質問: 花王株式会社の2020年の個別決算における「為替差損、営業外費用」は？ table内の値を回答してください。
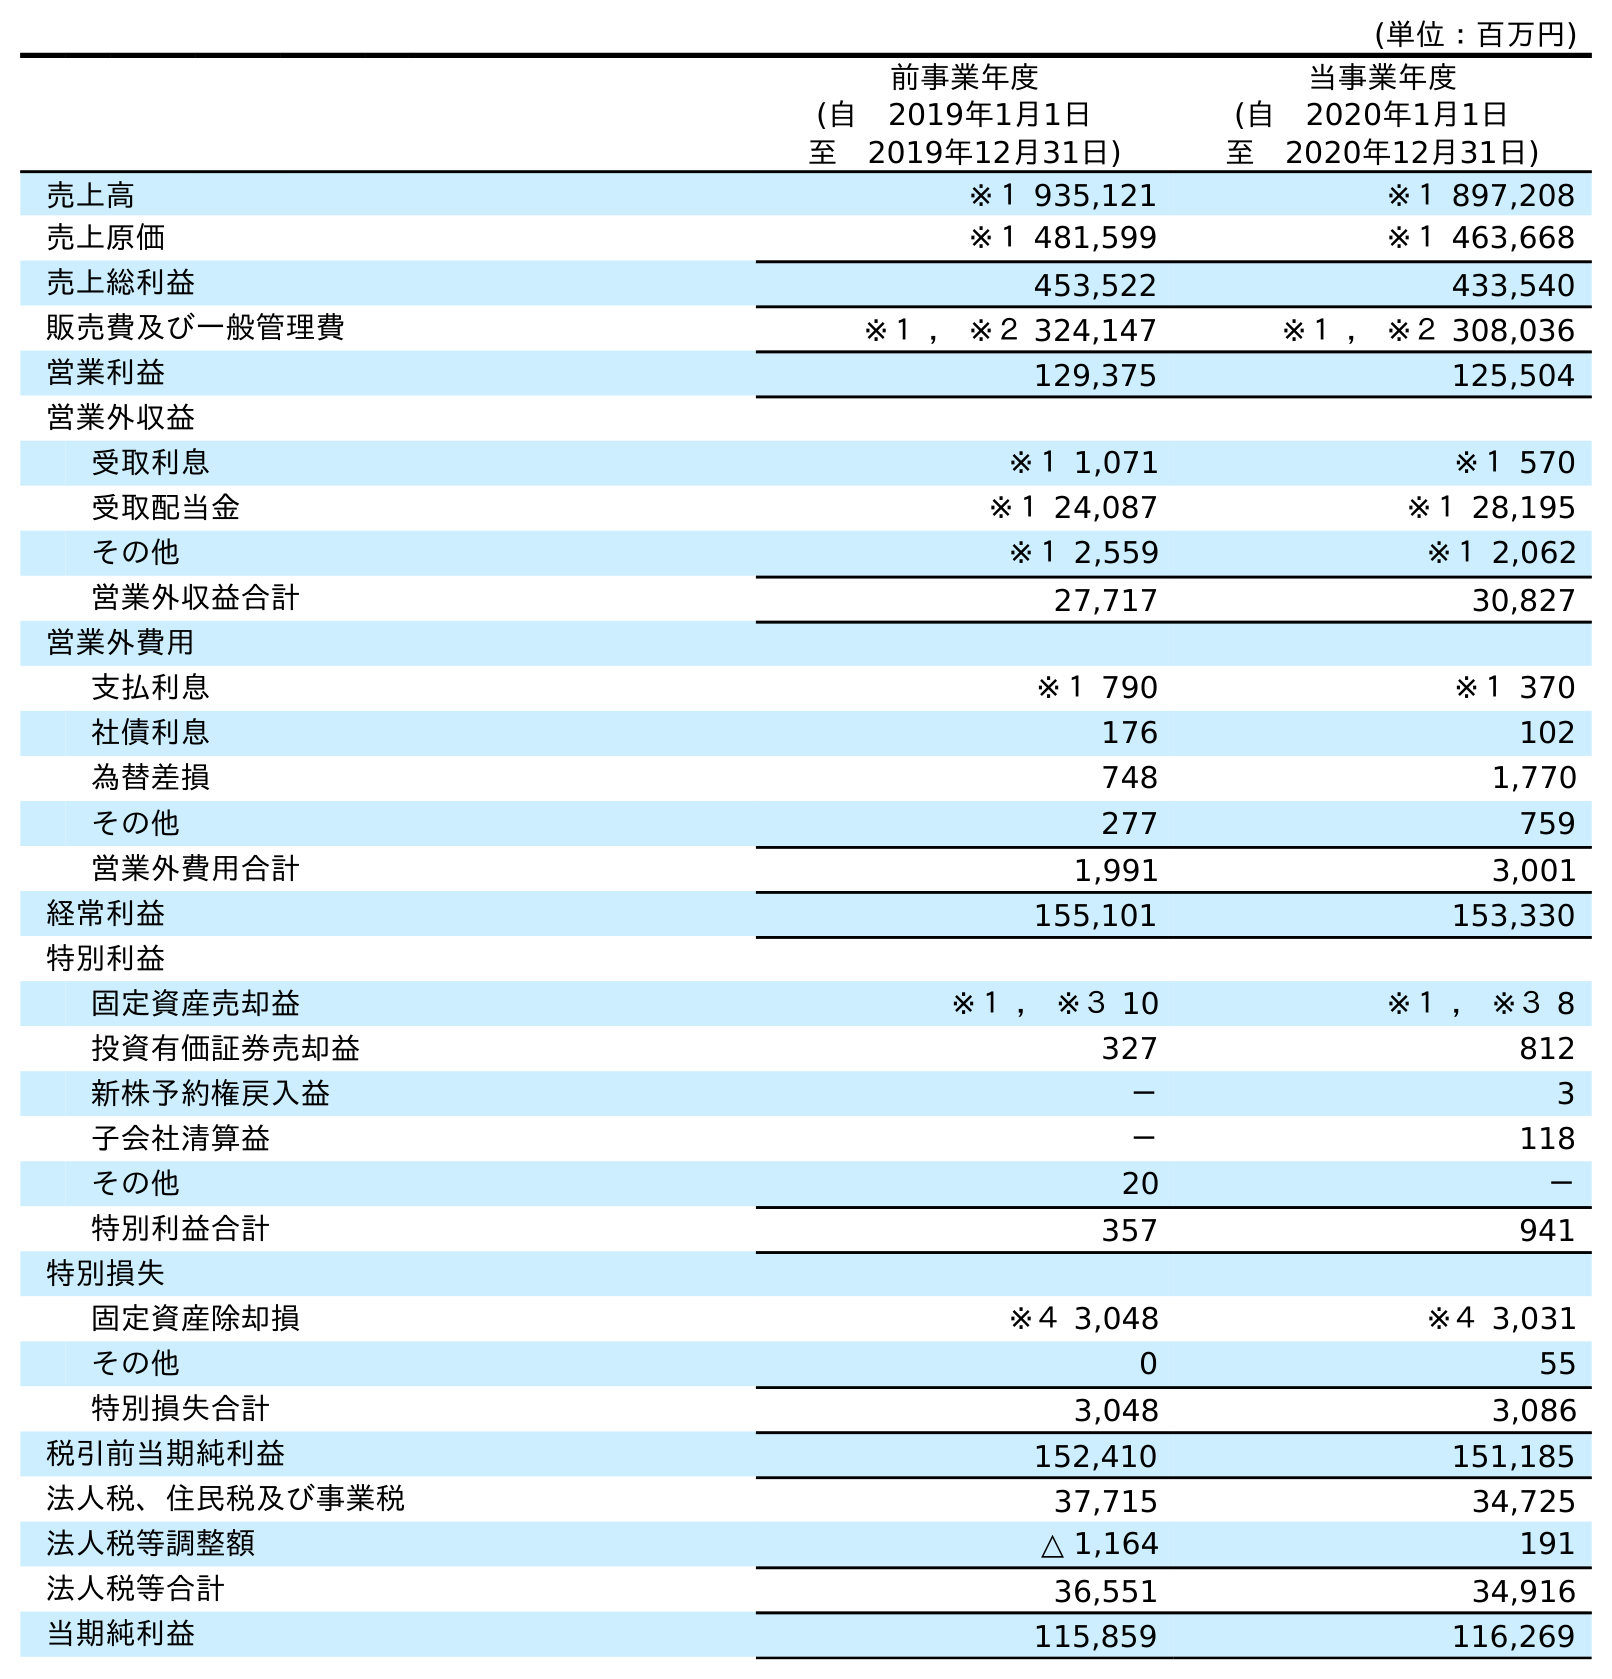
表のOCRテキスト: (単位：百万円) 前事業年度 (自 2019年1月1日 至 2019年12月31日) 当事業年度 (自 2020年1月1日 至 2020年12月31日) 売上高 ※１ 935,121 ※１ 897,208 売上原価 ※１ 481,599 ※１ 463,668 売上総利益 453,522 433,540 販売費及び一般管理費 ※１ ， ※２ 324,147 ※１ ， ※２ 308,036 営業利益 129,375 125,504 営業外収益 受取利息 ※１ 1,071 ※１ 570 受取配当金 ※１ 24,087 ※１ 28,195 その他 ※１ 2,559 ※１ 2,062 営業外収益合計 27,717 30,827 営業外費用 支払利息 ※１ 790 ※１ 370 社債利息 176 102 為替差損 748 1,770 その他 277 759 営業外費用合計 1,991 3,001 経常利益 155,101 153,330 特別利益 固定資産売却益 ※１ ， ※３ 10 ※１ ， ※３ 8 投資有価証券売却益 327 812 新株予約権戻入益 － 3 子会社清算益 － 118 その他 20 － 特別利益合計 357 941 特別損失 固定資産除却損 ※４ 3,048 ※４ 3,031 その他 0 55 特別損失合計 3,048 3,086 税引前当期純利益 152,410 151,185 法人税、住民税及び事業税 37,715 34,725 法人税等調整額 △ 1,164 191 法人税等合計 36,551 34,916 当期純利益 115,859 116,269
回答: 1,770